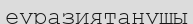
еуразиятанушы